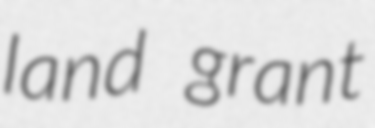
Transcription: land grant